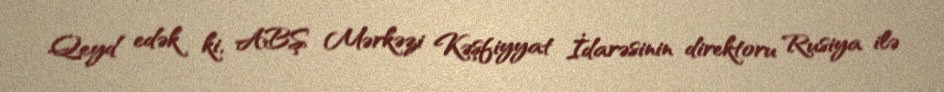
Qeyd edək ki, ABŞ Mərkəzi Kəşfiyyat İdarəsinin direktoru Rusiya ilə